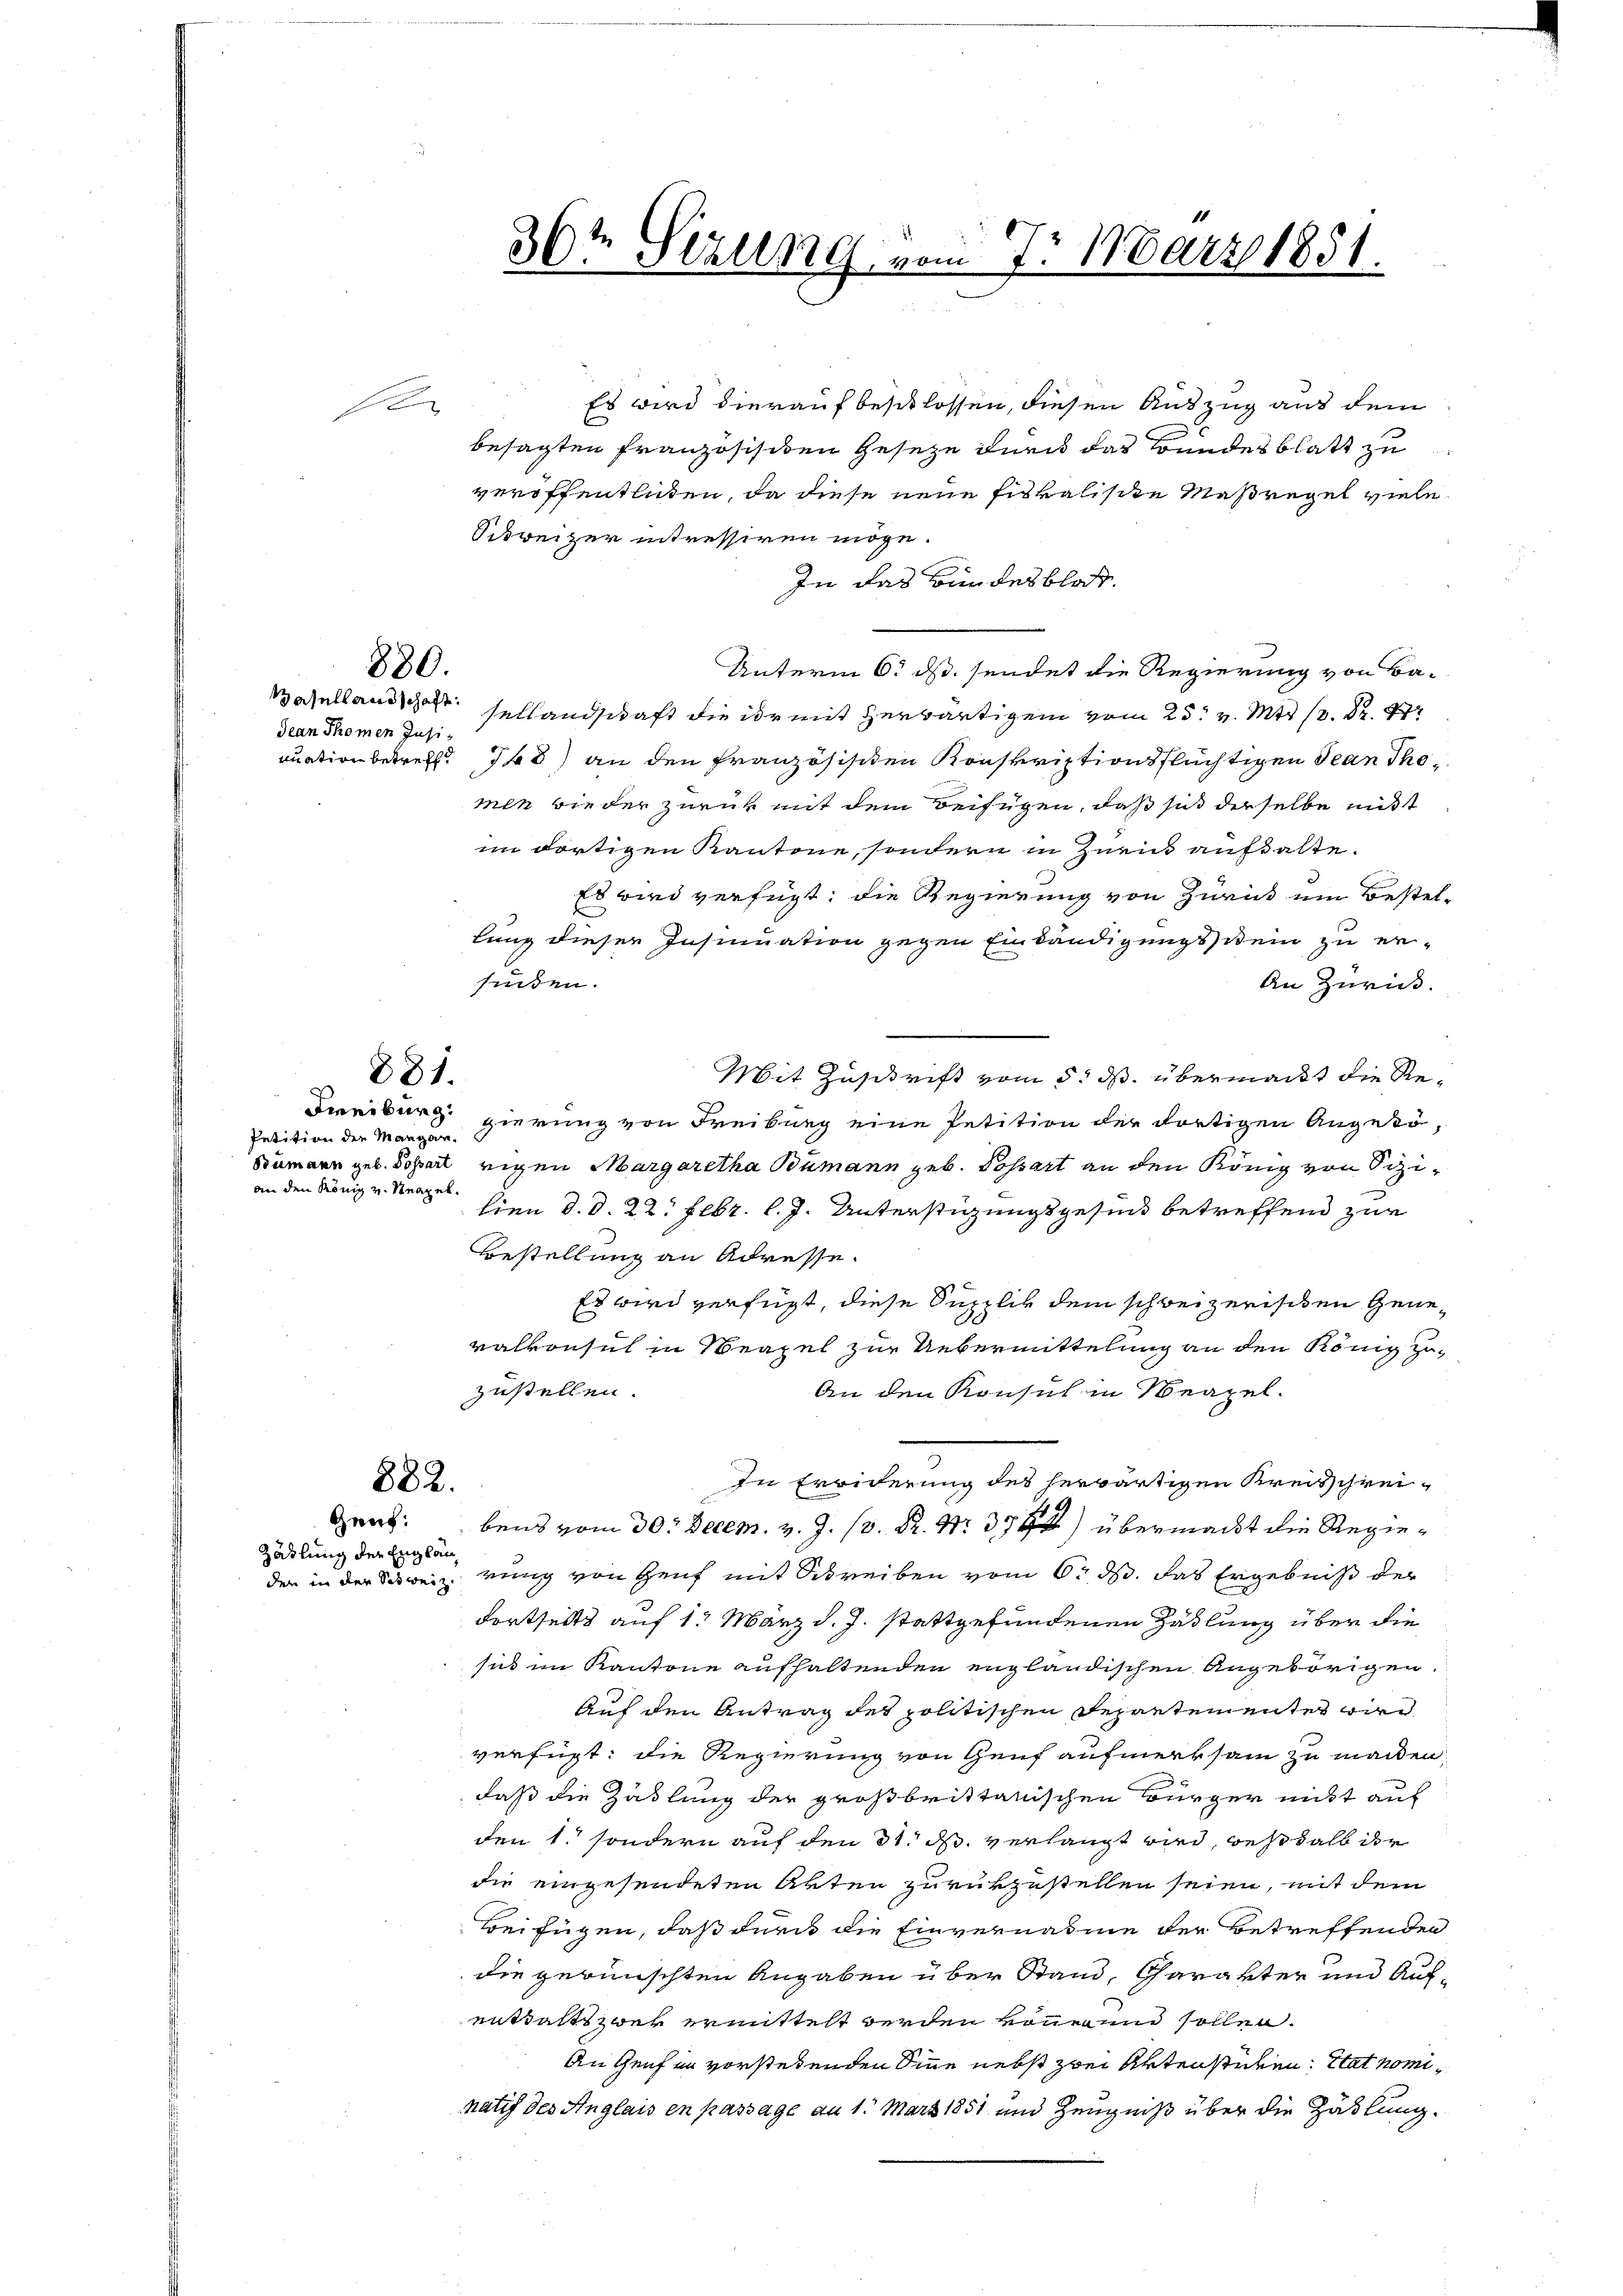
880.

Jean Thomen Insi¬

881.

Petition der Mangen.
an den König v. Neapel.

Gauf:

Zählung der Englän¬

Es wird hierauf beschlossen, diesen Auszug aus dem
besagten Französischen Gesetze durch das Bundesblatt zu
veroffentlichen, da diese neue Fiskalische Maßregel viele¬
Schweizer intressiren möge.
In das Bundesblos.
Unterm 6. ds. sendet die Regierung von Ba¬
Basellandschaft sellandschaft die der mit herwärtigen vom 25. v. Mts. s. S. 777
nuation betreff. 148) an den französischen Konskriptionsflüchtigen Jean Thomen wieder zurück mit dem Beifügen, daß sich derselbe mitst
im dortigen Kantone, sondern in Zurin aufhalte.
Es wird verfügt, die Regierung von Züricht ein Bestel¬
.
lung dieser Insinuation gegen Einbändigungsstein zu er-
finden.
An Zurück.
Mit Zuschrift vom 5. ds. übermacht die Re¬
Freiburg gierung von Freiburg eine Petition der dortigen Angeko¬
Bumaur geb. Sopart eigen Margaretha Bumann geb. Possart an den König von Sizilien d. d. 22. Febr. l. J. Unterstüzungsgesund betreffend zur
Bestellung an Adresse.
Es wird verfügt, diese Supplik dem schweizerischen Genevalkonsul in Neapel zur Uebermittelung an den König zuzustellen.
An den Konsul in Neapel.
In Erwiderung des herwärtigen Kreisschrei¬
882.
bens vom 30. Decem. v. J. R. Nr. 372) übermacht die Regieder in der Schweiz. rung von Heut mit Schreiben vom 6. d. das Ergebnis der
dortseits auf 1. März d. J. stattgefundenen Hallung über die
sid im Kantone aufhaltenden engländischen Angehörigen.
Auf den Antrag des politischen Departementes wird
verfügt: die Regierung von Genf aufmerksam zu machen,
daß die Zahlung der großbrittanischen Bürger nicht auf
den 1. sondern auf den 31. ds. verlangt wird, weshalb der
die eingesendeten Akten zurükzustellen seien, mit dem
Beifügen, daß durch die Einvernahme der Betreffenden
die gewünschten Angaben über Stand, Charakter und Aufenttalt zwar ermittelt werden vonen sollen.
An Genf in vorstehenden Sinne nebst zwei Aktenstücken: Etat nominatif des Anglais en passage an 1. März 1851 und Zeugniß über die Zählung.

36te Sitzung, vom 7. März 1881.